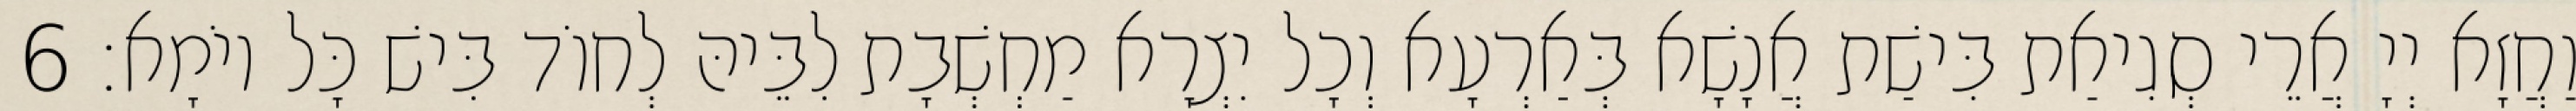
וַחֲזָא יְיָ אֲרֵי סְגִיאַת בִּישַׁת אֲנָשָׁא בְּאַרְעָא וְכָל יִצְרָא מַחְשְׁבָת לִבֵּיהּ לְחוֹד בִּישׁ כָּל יוֹמָא׃ 6